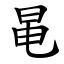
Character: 㫣